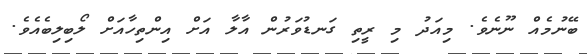
ބޭނުމެއް ނޫނެވެ. މިއަދު މި ރީތި ގަނޑުވަރުން އާލާ އަށް އިންތިހާއަށް ލޯބިލިބެއެވެ.